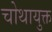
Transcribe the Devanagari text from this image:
चोथायुक्त